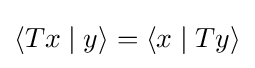
\langle Tx\mid y\rangle =\langle x\mid Ty\rangle